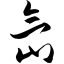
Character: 氙